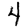
Digit: 4